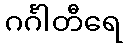
ဂင်္ဂါတီရေ